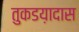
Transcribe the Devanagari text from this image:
तुकडय़ादास